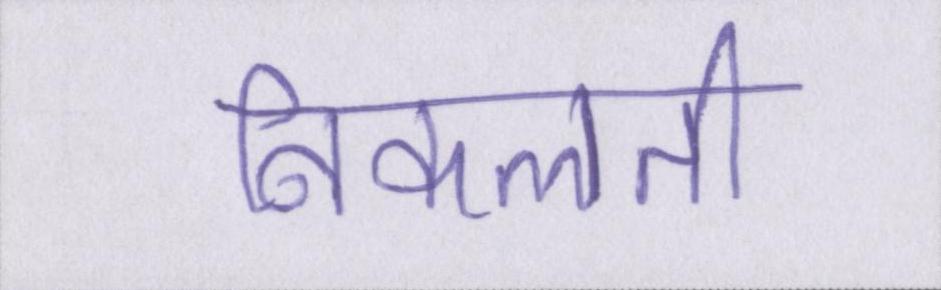
निकलती